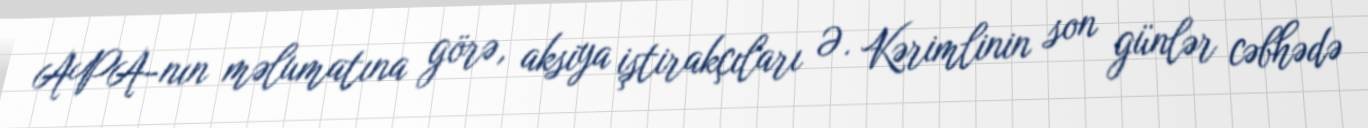
APA-nın məlumatına görə, aksiya iştirakçıları Ə. Kərimlinin son günlər cəbhədə